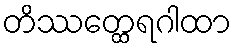
တိဿတ္ထေရဂါထာ